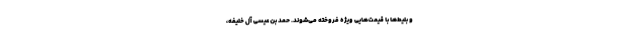
و بلیط‌ها با قیمت‌هایی ویژه فروخته می‌شوند. حمد بن عیسی آل خلیفه،